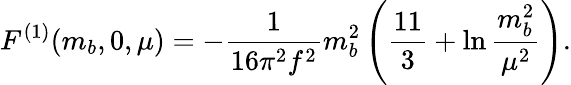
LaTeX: F^{(1)}(m_{b},0,\mu)=-{\frac{1}{16\pi^{2}f^{2}}}m_{b}^{2}\left({\frac{11}{3}}+\ln{\frac{m_{b}^{2}}{\mu^{2}}}\right).